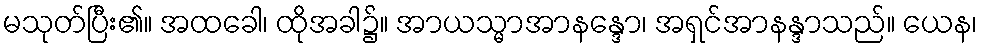
မသုတ်ပြီး၏။ အထခေါ၊ ထိုအခါ၌။ အာယသ္မာအာနန္ဒော၊ အရှင်အာနန္ဒာသည်။ ယေန၊